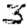
Digit: 3